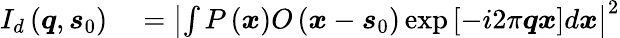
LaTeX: \begin{array}{rl}{I_{d}\left(\boldsymbol{q},\boldsymbol{s}_{0}\right)}&{{}=\left|\int P\left(\boldsymbol{x}\right)O\left(\boldsymbol{x}-\boldsymbol{s}_{0}\right)\exp\left[-i2\pi\boldsymbol{q}\boldsymbol{x}\right]d\boldsymbol{x}\right|^{2}}\end{array}